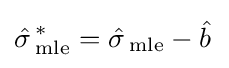
{\hat {\sigma \,}}_{\text{mle}}^{*}={\hat {\sigma \,}}_{\text{mle}}-{\hat {b\,}}